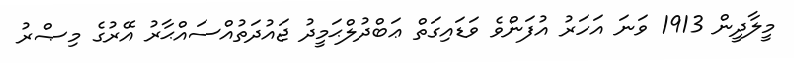
މީލާދީން 1913 ވަނަ އަހަރު އުފަންވެ ވަޑައިގަތް ޢަބްދުލްޙަމީދު ޖައުދަތުއްސައްޙާރު އޭރުގެ މިޞްރު